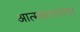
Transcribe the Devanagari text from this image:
आत्मकथनाचा